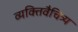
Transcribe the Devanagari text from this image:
व्यक्तिवैचित्र्य